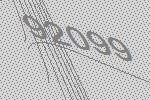
92099